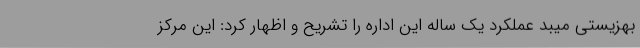
بهزیستی میبد عملکرد یک ساله این اداره را تشریح و اظهار کرد: این مرکز